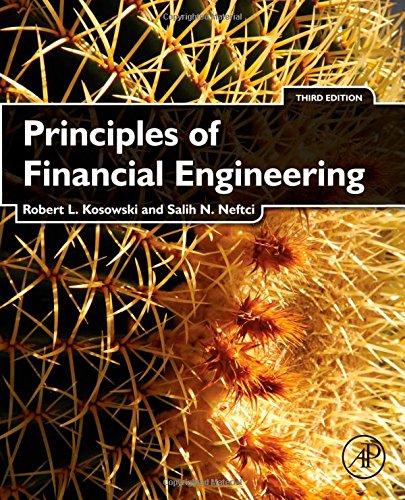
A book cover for Principles of Financial Engineering, Third Edition (Academic Press Advanced Finance); Robert Kosowski; Business & Money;